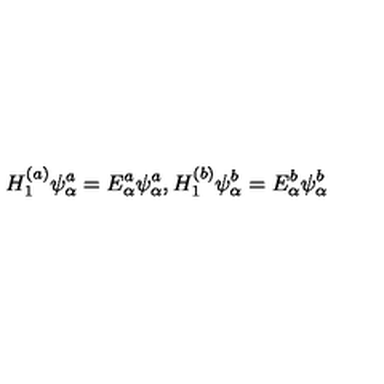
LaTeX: H _ { 1 } ^ { ( a ) } \psi _ { \alpha } ^ { a } = E _ { \alpha } ^ { a } \psi _ { \alpha } ^ { a } , H _ { 1 } ^ { ( b ) } \psi _ { \alpha } ^ { b } = E _ { \alpha } ^ { b } \psi _ { \alpha } ^ { b }